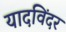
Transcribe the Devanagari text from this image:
यादविंदर